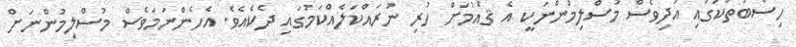
ހިސާބުތަކުގައި އަދިވެސް މުސްލިމުންނަކީ އެ ޤައުމަށް ހުރި ނުރައްކަލެއްކަމުގައި ދެކެއެވެ. އެހެންނަމަވެސް މުސްލިމުންނަށް